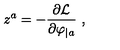
z ^ { a } = - { \frac { \partial { \cal L } } { \partial \varphi _ { | a } } } \ ,